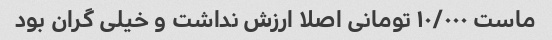
ماست ۱۰/۰۰۰ تومانی اصلا ارزش نداشت و خیلی گران بود